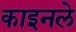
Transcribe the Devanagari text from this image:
काइनले